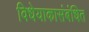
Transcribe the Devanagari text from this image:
विधेयाकासंबंधित